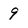
Character: 9